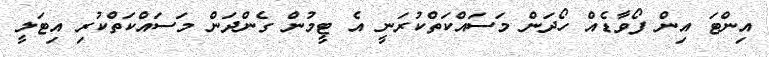
އިންޓަ އިން ފޯވާޑެއް ހޯދަން މަސައްކަތްކުރަނީ އެ ޓީމުން ގެންދަން މަސައްކަތްކުރި އިޓަލީ